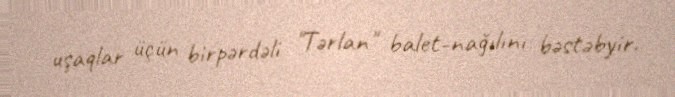
uşaqlar üçün birpərdəli "Tərlan" balet-nağılını bəstəbyir.